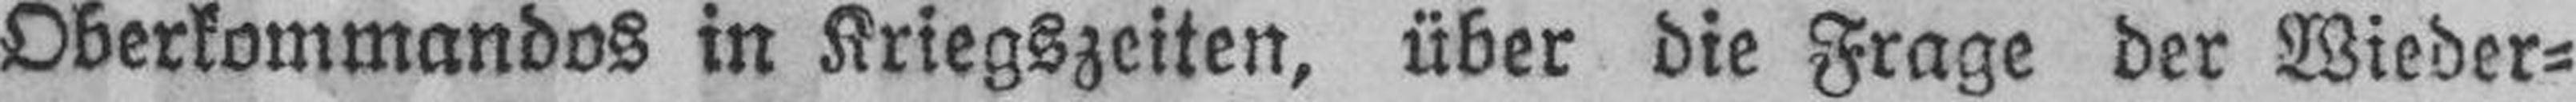
Oberkommandos in Kriegszeiten, über die Frage der Wieder¬